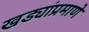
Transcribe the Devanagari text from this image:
खड्यांप्रमाणे